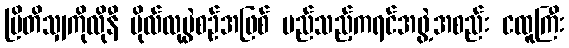
ဗြိတိသျှကိုလိုနီ ဗိုလ်လုပွဲစဉ်အဖြစ် မည်သည့်ကရင်အဖွဲ့အစည်း ငထူကြီး